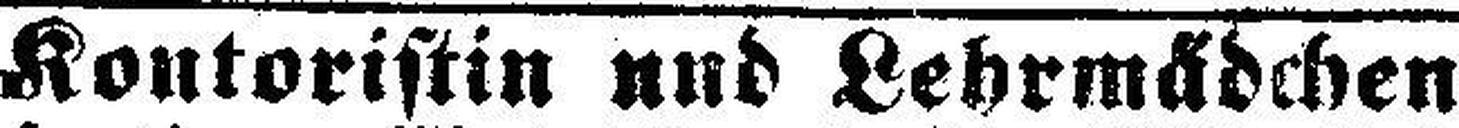
Kontoristin und Lehrmädchen